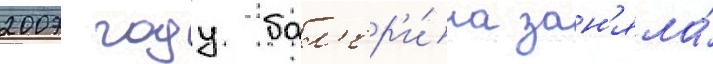
2007 году бал'ер'и́на зан'яла́